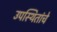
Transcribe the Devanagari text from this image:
उपस्थितांचे